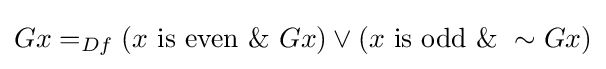
Gx=_{Df}(x{\text{ is even }}\&\ Gx)\vee (x{\text{ is odd }}\&\ \sim Gx)